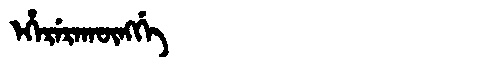
Manchu: ᡝᡥᡝᡵᡝᡵᠠᡴᡡᠩᡤᡝ
Romanization: EHERERAKŪNGGE